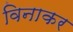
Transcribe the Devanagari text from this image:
विनाकर